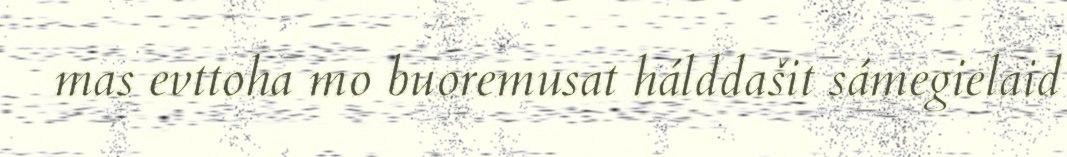
mas evttoha mo buoremusat hálddašit sámegielaid